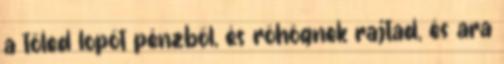
a tőled lopót pénzből, és röhögnek rajtad, és ara